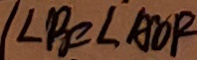
\angle B = \angle A O F